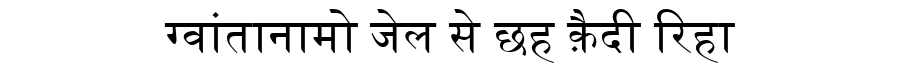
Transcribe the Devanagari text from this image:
ग्वांतानामो जेल से छह क़ैदी रिहा